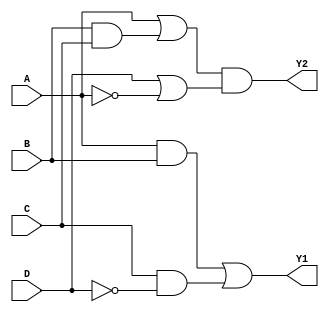
module combinational_logic (
    input wire A, B, C, D,
    output wire Y1, Y2
);

// Level 1: Initial Logic Expression
// Example expressions (to be replaced with actual logic as needed)
// Y1 = (A AND B) OR (C AND (NOT D))
// Y2 = (A OR (B AND C)) AND (D OR (NOT A))

// Level 2: First Simplification using Boolean algebra
wire AB = A & B;                  // Intermediate signal for A AND B
wire CD = C & ~D;                 // Intermediate signal for C AND (NOT D)
wire BC = B & C;                  // Intermediate signal for B AND C
wire notA = ~A;                   // NOT A
wire notD = ~D;                   // NOT D

// Level 3: Factorization
// Y1 = AB | CD;                   // Already simplified
// Y2 = (A | BC) & (D | notA);     // Further simplification can be done

// Level 4: Multi-Level Optimization
// Shared sub-expressions can be reused if necessary
wire Y1_temp = AB | CD;           // Final output for Y1
wire Y2_temp = (A | BC) & (D | notA); // Final output for Y2

// Level 5: Final Expression
assign Y1 = Y1_temp;               // Assigning final output for Y1
assign Y2 = Y2_temp;               // Assigning final output for Y2

endmodule